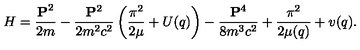
H = \frac { { \bf P } ^ { 2 } } { 2 m } - \frac { { \bf P } ^ { 2 } } { 2 m ^ { 2 } c ^ { 2 } } \left( \frac { { \mathrm { \boldmath \pi } } ^ { 2 } } { 2 \mu } + U ( q ) \right) - \frac { { \bf P } ^ { 4 } } { 8 m ^ { 3 } c ^ { 2 } } + \frac { { \mathrm { \boldmath \pi } } ^ { 2 } } { 2 \mu ( q ) } + v ( q ) .